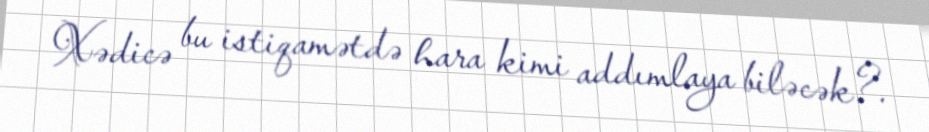
Xədicə bu istiqamətdə hara kimi addımlaya biləcək?.